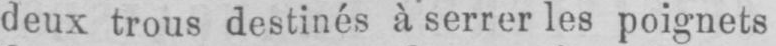
deux trous destinés à serrer les poignets